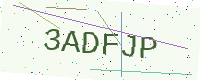
Text: 3ADFJP